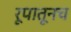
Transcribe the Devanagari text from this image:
रूपातूनच